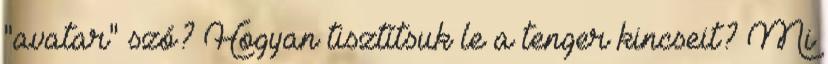
"avatar" szó? Hogyan tisztítsuk le a tenger kincseit? Mi